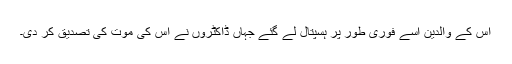
اس کے والدین اسے فوری طور پر ہسپتال لے گئے جہاں ڈاکٹروں نے اس کی موت کی تصدیق کر دی۔